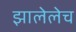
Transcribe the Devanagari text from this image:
झालेलेच